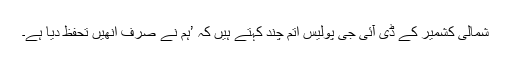
شمالی کشمیر کے ڈی آئی جی پولیس اتّم چند کہتے ہیں کہ ’ہم نے صرف انھیں تحفظ دیا ہے۔